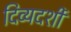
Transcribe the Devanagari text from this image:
दिव्‍यदर्शी